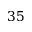
3 5